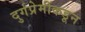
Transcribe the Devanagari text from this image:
दुर्गप्रेमींकडून